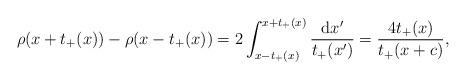
LaTeX: \begin{align*} \rho(x + t_+(x)) - \rho(x - t_+(x)) = 2 \int_{x - t_+(x)}^{x + t_+(x)} \frac{\mathrm{d} x'}{t_+(x')} = \frac{4 t_+(x)}{t_+(x + c)}, \end{align*}